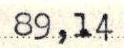
89,14